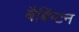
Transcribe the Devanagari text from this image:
बैबिंग्टन